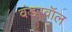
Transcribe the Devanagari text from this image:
वंडरवॉल